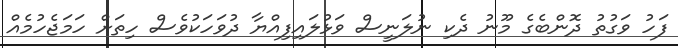
ފަހު ވަގުތު ދޮންބެގެ މޫނު ދެކި ނުލަނީސް ވަޅުލައިފިއްޔާ ދުވަހަކުވެސް ހިތަށް ހަމަޖެހުމެއް